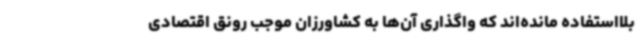
بلااستفاده مانده‌اند که واگذاری آن‌ها به کشاورزان موجب رونق اقتصادی